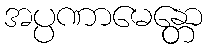
အပ္ပဏာမေန္တော